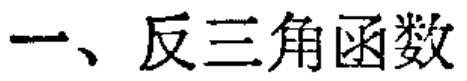
一、反三角函数